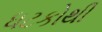
ધટકોથી